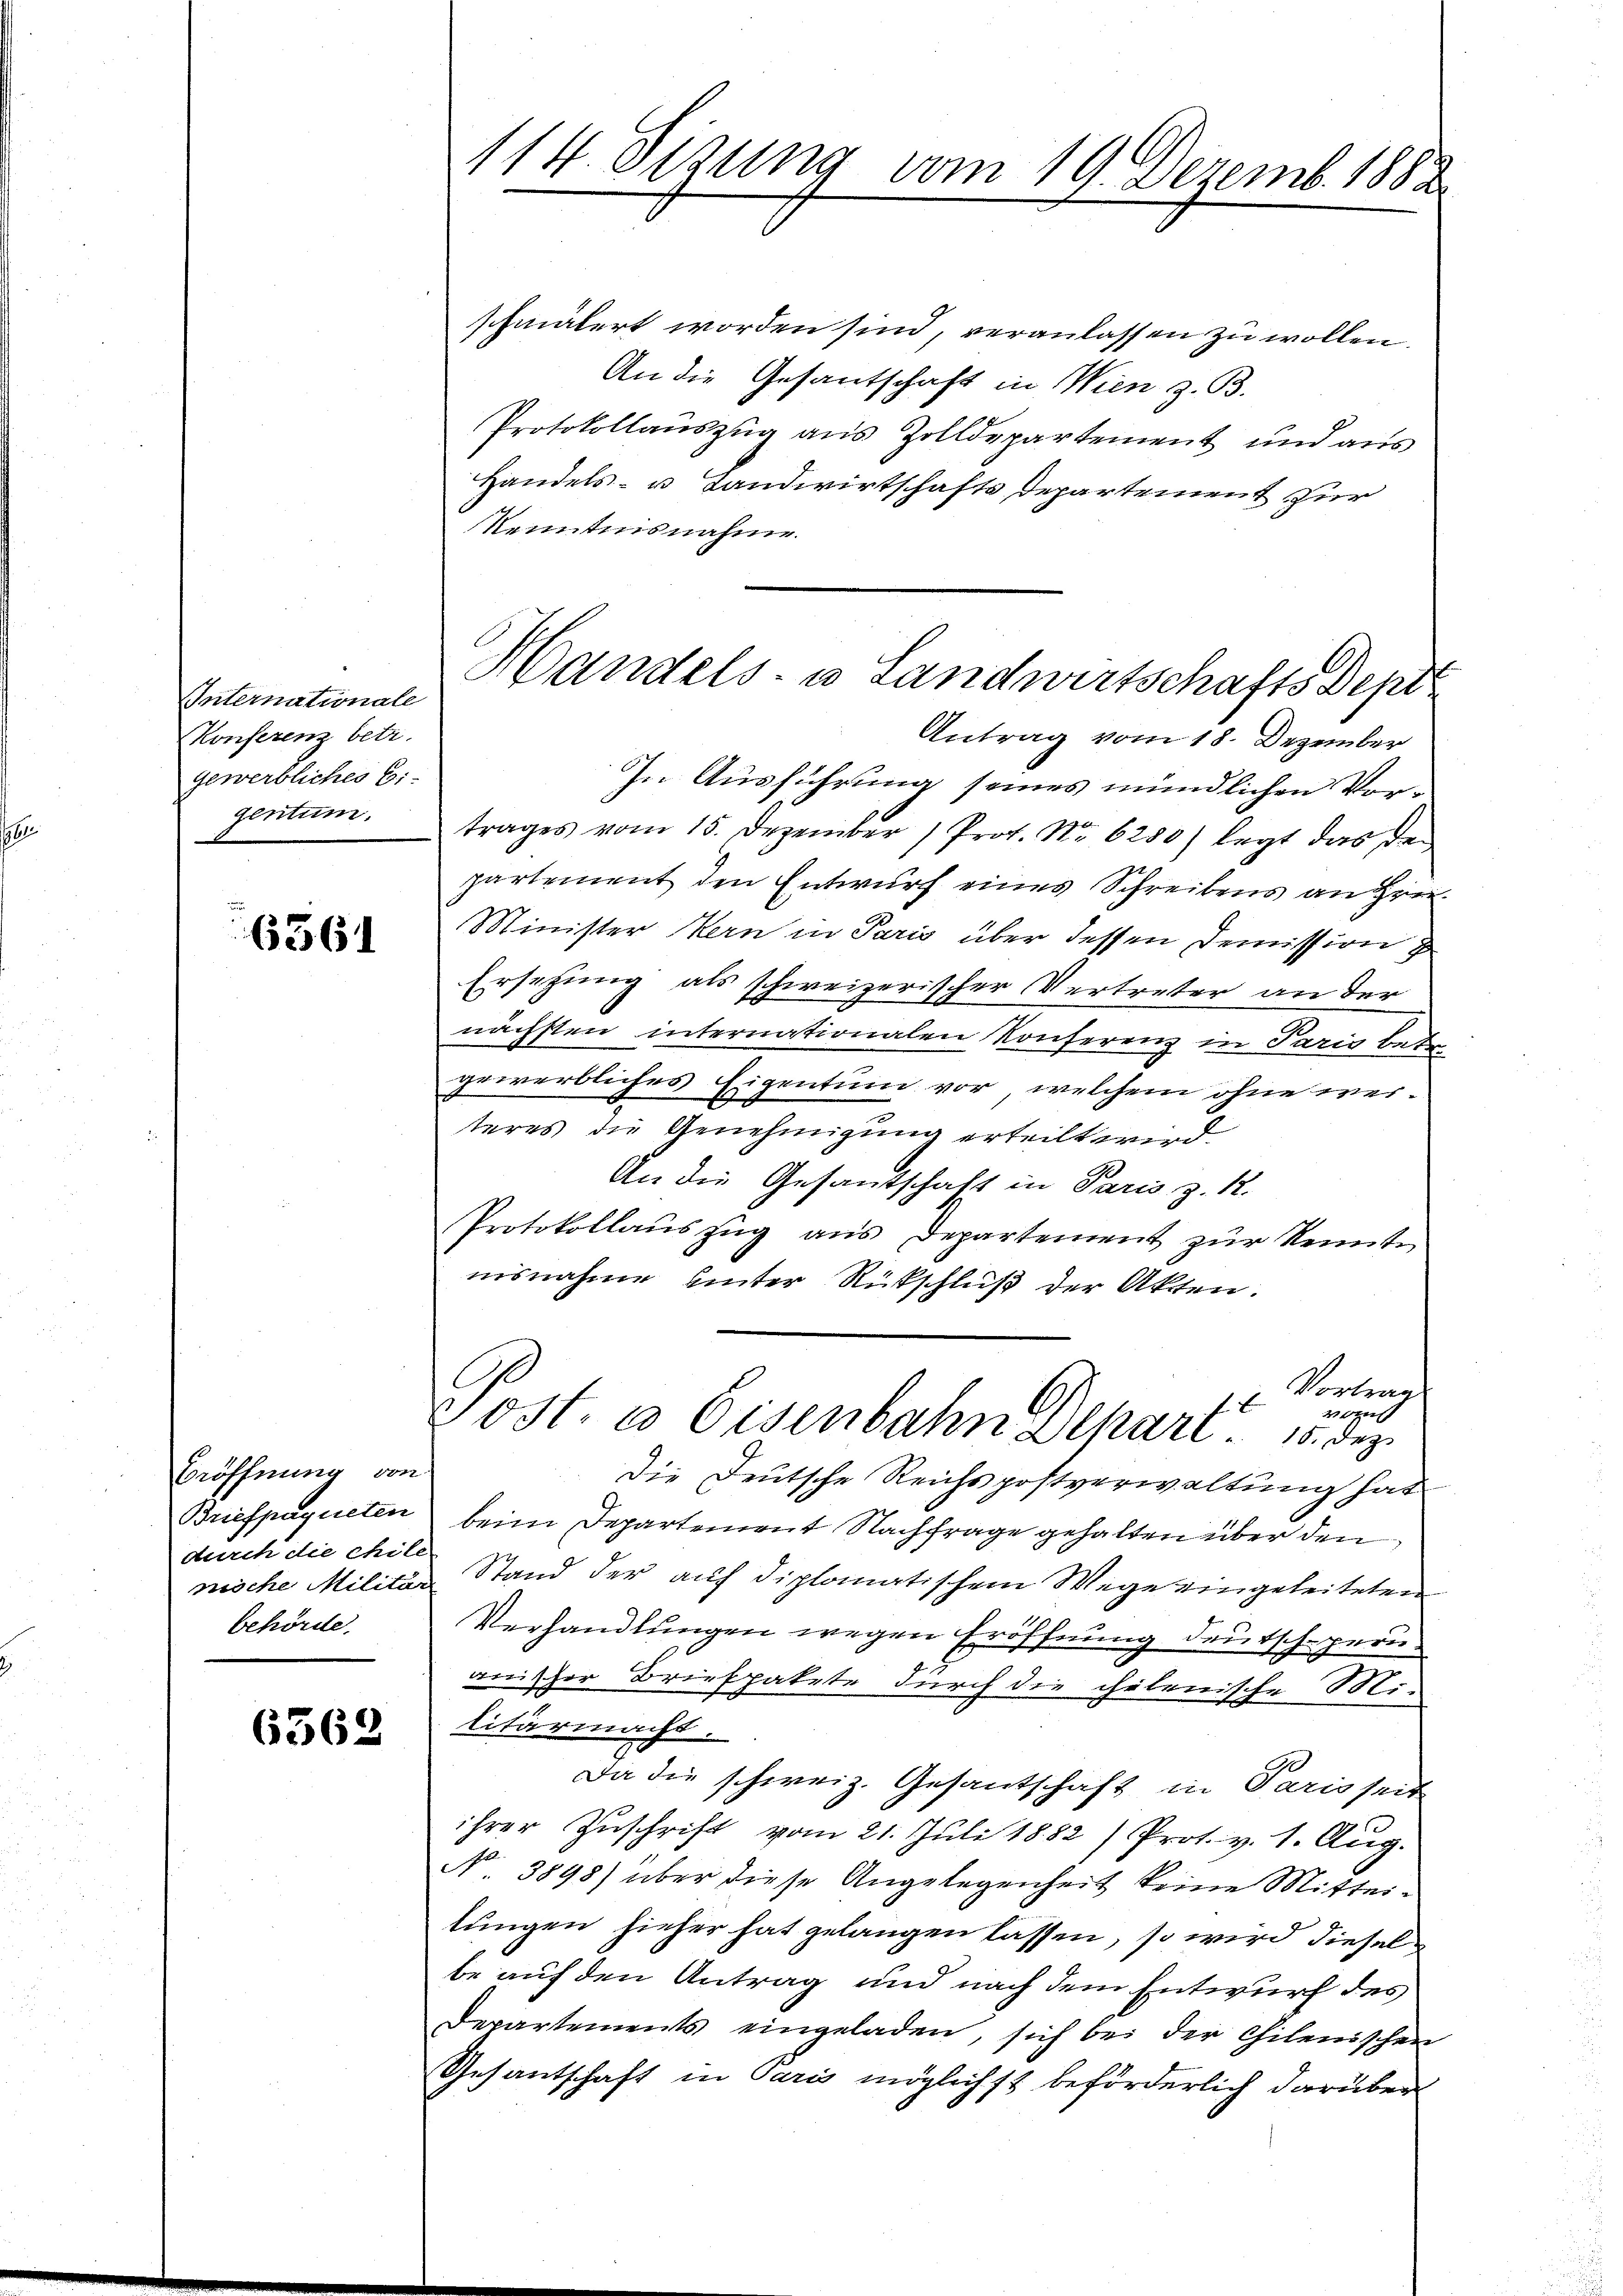
Internationale
Konferenz betr.
gewerbliches Ei
gentum.

6361

Eröffnung von
Briefpagueten
durch die chile
behörde,

6562

schmälert worden sind, veranlassen zu wollen.
An die Gesantschaft in Wien z. B.
Protokollauszug aus Zolldepartement und aus
Handels- u Landwirtschafts Departement zur
Kenntnisnahme.
Antrag vom 18. Dezember
In Ausführung seines mündlichen Vortrages vom 15. Dezember 1 Prof. No 6280) legt das Gepartement den Entwurf eines Schreibens an Hrn
Minister Kern in Paris über dessen Demission
Ersetzung als schweizerischer Vertreter an der
nächsten internationalen Konferenz in Paris betr
gewerbliches Eigentum vor, welchem ohne werteres die Genehmigung erteilt wird.
An die Gesantschaft in Paris z. R.
Protokollauszug aus Departement zur Kennt
nisnahme hinter Rückschluß der Akten.
Vortrag
v
Post. a Eisenbahn Depart. 15. dez.
Die Deutsche Reichspostverwaltung hat
beim Departement Nachfrage gehalten über den
rische Militar Stand der auf diplomatischem Wege eingeleiteten
Verhandlungen wegen Eröffnung deutsch peruanischer Briefpakete durch die chelenische Militärmacht.
Da die schweiz. Gesantschaft in Paris seit
ihrer Zŭschrift vom 21. Juli 1882) Prot. v. 1. Aŭg.
N. 3898) über diese Angelegenheit keine Mittei-
lungen hieher hat gelangen lassen, so wird diesel
be auf den Antrag und nach dem Entwurf des
Departements eingeladen, sich bei der Chilenischen
Gesantschaft in Paris möglichst beförderlich darüber

114. Sizung vom 19. Dezemb. 1882

Handels- u Landwirtschafts Dep